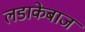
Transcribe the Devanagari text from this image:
लडाकेबाज